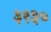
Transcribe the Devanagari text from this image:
३१३०